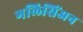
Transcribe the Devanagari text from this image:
गलिसिंअन